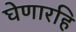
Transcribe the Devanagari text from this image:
घेणारहि